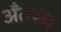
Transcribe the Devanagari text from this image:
अँतस्थ